Vaccination report Assam 1874-1896 - 1874-1896
Year: 1874
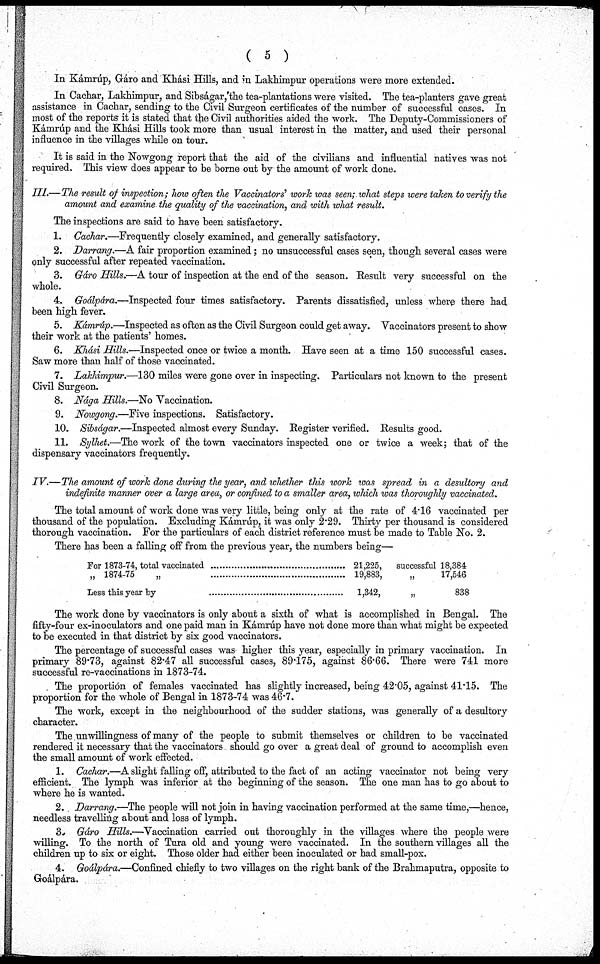
( 5 )
In Kámrúp, Gáro and Khási Hills, and in Lakhimpur operations were more extended.
In Cachar, Lakhimpur, and Sibságar, the tea-plantations were visited. The tea-planters gave great
assistance in Cachar, sending to the Civil Surgeon certificates of the number of successful cases. In
most of the reports it is stated that the Civil authorities aided the work. The Deputy-Commissioners of
Kámrúp and the Khási Hills took more than usual interest in the matter, and used their personal
influence in the villages while on tour.
It is said in the Nowgong report that the aid of the civilians and influential natives was not
required. This view does appear to be borne out by the amount of work done.
III.—The result of inspection; how often the Vaccinators' work was seen; what steps were taken to verify the
amount and examine the quality of the vaccination, and with what result.
The inspections are said to have been satisfactory.
1. Cachar.—Frequently closely examined, and generally satisfactory.
2. Darrang.—A fair proportion examined; no unsuccessful cases seen, though several cases were
only successful after repeated vaccination.
3. Gáro Hills.—A tour of inspection at the end of the season. Result very successful on the
whole.
4. Goálpára.—Inspected four times satisfactory. Parents dissatisfied, unless where there had
been high fever.
5. Kámrúp.—Inspected as often as the Civil Surgeon could get away. Vaccinators present to show
their work at the patients' homes.
6. Khási Hills.—Inspected once or twice a month. Have seen at a time 150 successful cases.
Saw more than half of those vaccinated.
7. Lakhimpur.—130 miles were gone over in inspecting. Particulars not known to the present
Civil Surgeon.
8. Nága Hills.—No Vaccination.
9. Nowgong.—Five inspections. Satisfactory.
10. Sibságar.—Inspected almost every Sunday. Register verified. Results good.
11. Sylhet.—The work of the town vaccinators inspected one or twice a week; that of the
dispensary vaccinators frequently.
IV.—The amount of work done during the year, and whether this work was spread in a desultory and
indefinite manner over a large area, or confined to a smaller area, which was thoroughly vaccinated.
The total amount of work done was very little, being only at the rate of 4.16 vaccinated per
thousand of the population. Excluding Kámrúp, it was only 2.29. Thirty per thousand is considered
thorough vaccination. For the particulars of each district reference must be made to Table No. 2.
There has been a falling off from the previous year, the numbers being—
For 1873-74, total vaccinated ............................
„ 1874-75
„
............................
Less this year by ........................
21,225,
19,883,
1,342,
successful 18,384
„
17,546
„
838
The work done by vaccinators is only about a sixth of what is accomplished in Bengal. The
fifty-four ex-inoculators and one paid man in Kámrúp have not done more than what might be expected
to be executed in that district by six good vaccinators.
The percentage of successful cases was higher this year, especially in primary vaccination. In
primary 89.73, against 82.47 all successful cases, 89.175, against 86.66. There were 741 more
successful re-vaccinations in 1873-74.
The proportion of females vaccinated has slightly increased, being 42.05, against 41.15. The
proportion for the whole of Bengal in 1873-74 was 46.7.
The work, except in the neighbourhood of the sudder stations, was generally of a desultory
character.
The unwillingness of many of the people to submit themselves or children to be vaccinated
rendered it necessary that the vaccinators should go over a great deal of ground to accomplish even
the small amount of work effected.
1. Cachar.—A slight falling off, attributed to the fact of an acting vaccinator not being very
efficient. The lymph was inferior at the beginning of the season. The one man has to go about to
where he is wanted.
2. Darrang.—The people will not join in having vaccination performed at the same time,—hence,
needless travelling about and loss of lymph.
3. Gáro Hills.—Vaccination carried out thoroughly in the villages where the people were
willing. To the north of Tura old and young were vaccinated. In the southern villages all the
children up to six or eight. Those older had either been inoculated or had small-pox.
4. Goálpára.—Confined chiefly to two villages on the right bank of the Brahmaputra, opposite to
Goálpára.